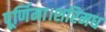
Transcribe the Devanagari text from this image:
पूर्णिमा।शरिमध